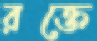
রক্তে